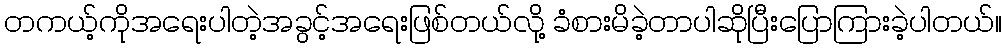
တကယ့်ကိုအရေးပါတဲ့အခွင့်အရေးဖြစ်တယ်လို့ ခံစားမိခဲ့တာပါဆိုပြီးပြောကြားခဲ့ပါတယ်။